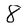
Character: 8